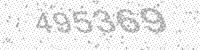
Solution: 495369